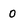
Character: 0